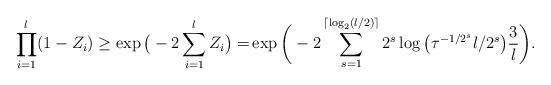
LaTeX: \begin{align*} \prod_{i=1}^{l} (1 - Z_i) \ge \exp\big( - 2\sum_{i=1}^{l} Z_i \big) =& \exp \bigg( - 2\sum_{s=1}^{ \lceil \log_2(l/2) \rceil } 2^s \log\big(\tau^{-1/2^s} l/2^s\big) \frac{3}{l} \bigg).\end{align*}